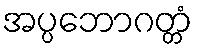
အပ္ပဘောဂတ္တံ